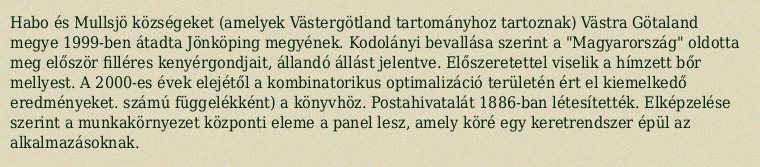
Habo és Mullsjö községeket (amelyek Västergötland tartományhoz tartoznak) Västra Götaland megye 1999-ben átadta Jönköping megyének. Kodolányi bevallása szerint a "Magyarország" oldotta meg először filléres kenyérgondjait, állandó állást jelentve. Előszeretettel viselik a hímzett bőr mellyest. A 2000-es évek elejétől a kombinatorikus optimalizáció területén ért el kiemelkedő eredményeket. számú függelékként) a könyvhöz. Postahivatalát 1886-ban létesítették. Elképzelése szerint a munkakörnyezet központi eleme a panel lesz, amely köré egy keretrendszer épül az alkalmazásoknak.